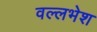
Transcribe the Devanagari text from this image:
वल्लभेश